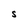
Character: S